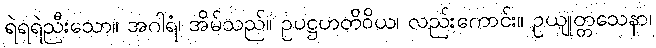
ရဲရရဲညီးသော။ အဂါရံ၊ အိမ်သည်။ ဥပဋ္ဌဟတိဝိယ၊ လည်းကောင်း။ ဥယျုတ္တသေနာ၊